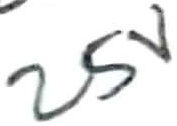
Text: 25V